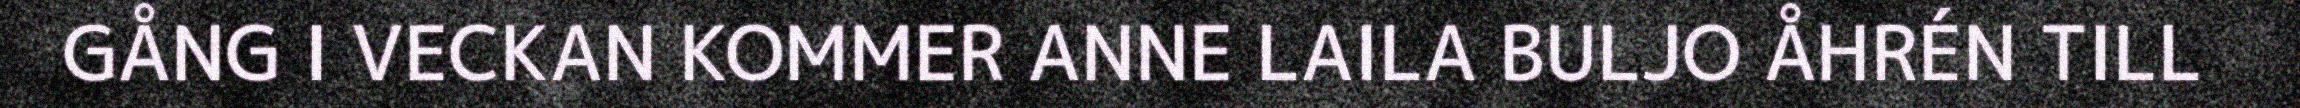
GÅNG I VECKAN KOMMER ANNE LAILA BULJO ÅHRÉN TILL